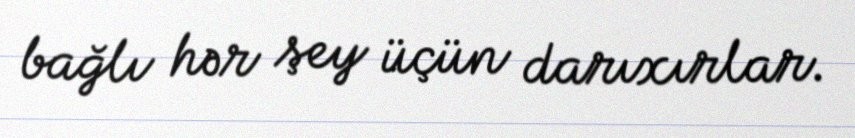
bağlı hər şey üçün darıxırlar.